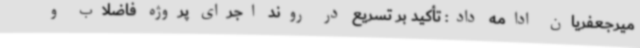
میرجعفریان ادامه داد: تأکید بر تسریع در روند اجرای پروژه فاضلاب و